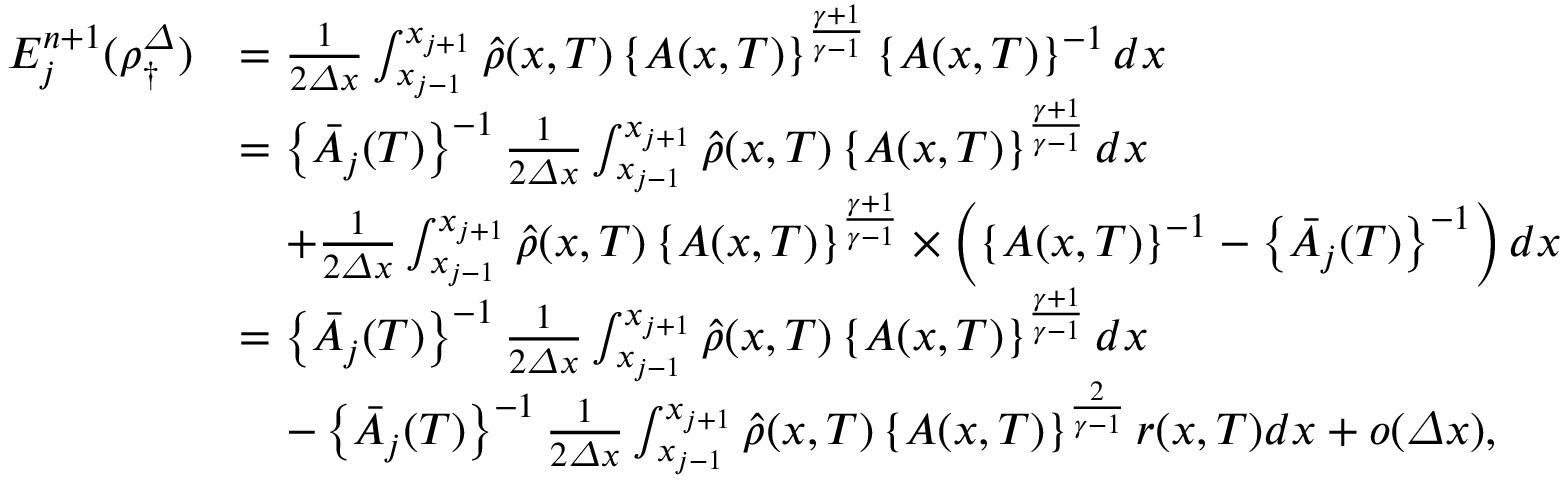
\begin{array} { r l } { E _ { j } ^ { n + 1 } ( \rho _ { \dagger } ^ { \varDelta } ) } & { = \frac 1 { 2 { \varDelta } x } \int _ { x _ { j - 1 } } ^ { x _ { j + 1 } } \hat { \rho } ( x , T ) \left\{ A ( x , T ) \right\} ^ { \frac { \gamma + 1 } { \gamma - 1 } } \left\{ A ( x , T ) \right\} ^ { - 1 } d x } \\ & { = \left\{ \bar { A } _ { j } ( T ) \right\} ^ { - 1 } \frac 1 { 2 { \varDelta } x } \int _ { x _ { j - 1 } } ^ { x _ { j + 1 } } \hat { \rho } ( x , T ) \left\{ A ( x , T ) \right\} ^ { \frac { \gamma + 1 } { \gamma - 1 } } d x } \\ & { \quad + \frac 1 { 2 { \varDelta } x } \int _ { x _ { j - 1 } } ^ { x _ { j + 1 } } \hat { \rho } ( x , T ) \left\{ A ( x , T ) \right\} ^ { \frac { \gamma + 1 } { \gamma - 1 } } \times \left( \left\{ A ( x , T ) \right\} ^ { - 1 } - \left\{ \bar { A } _ { j } ( T ) \right\} ^ { - 1 } \right) d x } \\ & { = \left\{ \bar { A } _ { j } ( T ) \right\} ^ { - 1 } \frac 1 { 2 { \varDelta } x } \int _ { x _ { j - 1 } } ^ { x _ { j + 1 } } \hat { \rho } ( x , T ) \left\{ A ( x , T ) \right\} ^ { \frac { \gamma + 1 } { \gamma - 1 } } d x } \\ & { \quad - \left\{ \bar { A } _ { j } ( T ) \right\} ^ { - 1 } \frac 1 { 2 { \varDelta } x } \int _ { x _ { j - 1 } } ^ { x _ { j + 1 } } \hat { \rho } ( x , T ) \left\{ A ( x , T ) \right\} ^ { \frac { 2 } { \gamma - 1 } } r ( x , T ) d x + o ( { \varDelta } x ) , } \end{array}